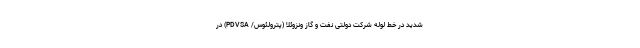
شدید در خط لوله شرکت دولتی نفت و گاز ونزوئلا (پترولئوس/ PDVSA) در